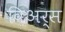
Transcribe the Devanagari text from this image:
विअर्स